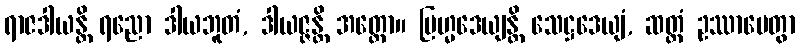
ရာဇဒါယန္တိ ရညော ဒါယဘူတံ, ဒါယဇ္ဇန္တိ အတ္ထော။ ဗြဟ္မဒေယျန္တိ သေဋ္ဌဒေယျံ, ဆတ္တံ ဥဿာပေတွာ